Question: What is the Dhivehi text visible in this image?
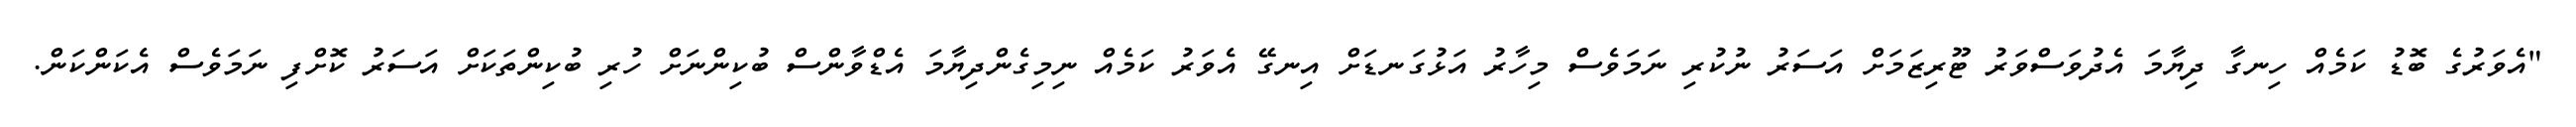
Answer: "އެވަރުގެ ބޮޑު ކަމެއް ހިނގާ ދިޔާމަ އެދުވަސްވަރު ޓޫރިޒަމަށް އަސަރު ނުކުރި ނަމަވެސް މިހާރު އަޅުގަނޑަށް އިނގޭ އެވަރު ކަމެއް ނިމިގެންދިޔާމަ އެޑްވާންސް ބުކިންނަށް ހުރި ބުކިންތަކަށް އަސަރު ކޮށްފި ނަމަވެސް އެކަންކަން.